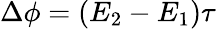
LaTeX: \Delta\phi=(E_{2}-E_{1})\tau